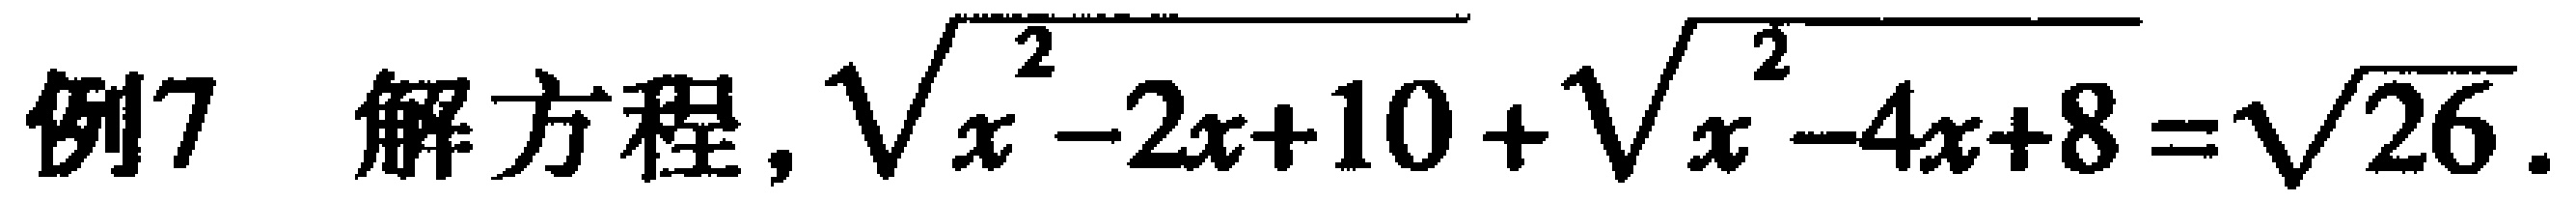
例7 解方程，$\sqrt{x^{2}-2x + 10}+\sqrt{x^{2}-4x + 8}=\sqrt{26}$.